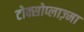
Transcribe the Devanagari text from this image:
टोक्सोप्लाज़्मा